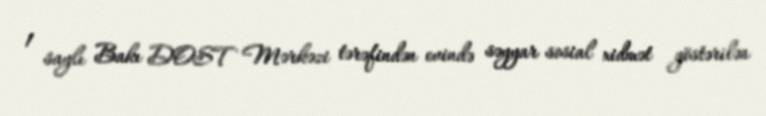
1 saylı Bakı DOST Mərkəzi tərəfindən evində səyyar sosial xidmət göstərilən